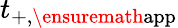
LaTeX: t_{+,\ensuremath{\mathrm{app}}}